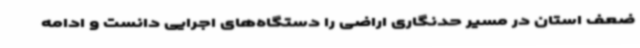
ضعف استان در مسیر حدنگاری اراضی را دستگاه‌های اجرایی دانست و ادامه